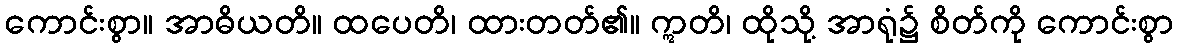
ကောင်းစွာ။ အာဓိယတိ။ ထပေတိ၊ ထားတတ်၏။ ဣတိ၊ ထိုသို့ အာရုံ၌ စိတ်ကို ကောင်းစွာ